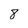
Character: 8